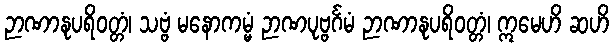
ဉာဏာနုပရိဝတ္တံ၊ သဗ္ဗံ မနောကမ္မံ ဉာဏပုဗ္ဗင်္ဂမံ ဉာဏာနုပရိဝတ္တံ၊ ဣမေဟိ ဆဟိ